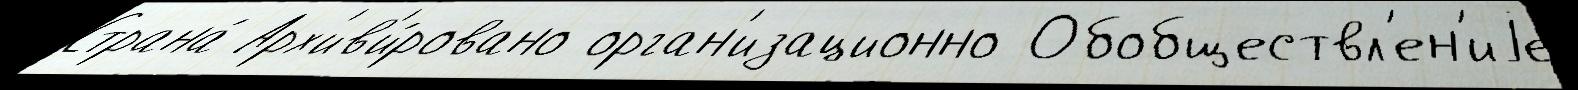
Страна́ Арх'ив'и́ровано орган'изационно Обобществл'ен'иjе